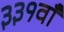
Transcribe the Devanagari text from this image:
३३१वाँ